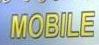
mobile